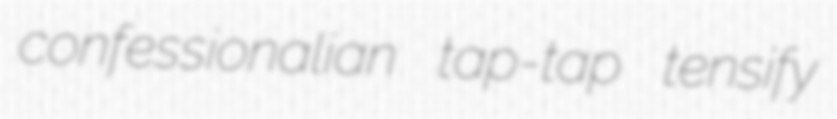
confessionalian tap-tap tensify